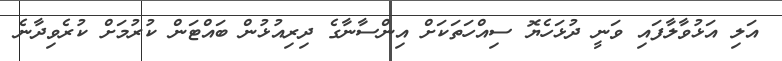
އަލި އަޅުވާލާފައި ވަނީ ދުޅަހެޔޮ ސިއްހަތަކަށް އިންސާނާގެ ދިރިއުޅުން ބައްޓަން ކުރުމަށް ކުރެވިދާނެ